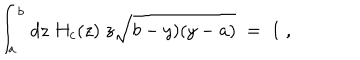
LaTeX: { \int } _ { a } ^ { b } \; d z \; H _ { c } ( z ) \; z \sqrt { b - y ) ( y - a ) } \; = \; 1 \; ,